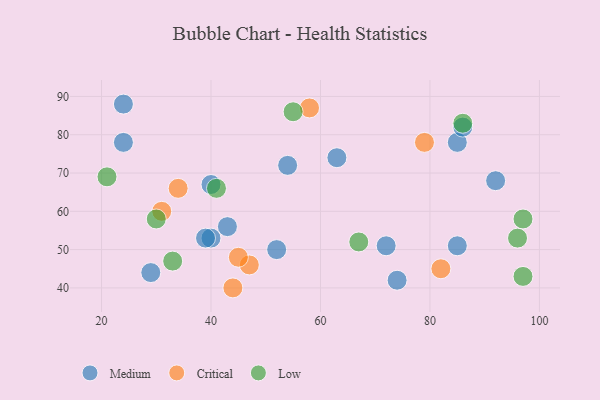
{"axis": {"x": "GDP", "y": "Life Expectancy"}, "legend": ["Critical", "Low", "Medium"], "data": [{"x": "40", "y": 53, "type": "Medium"}, {"x": "24", "y": 78, "type": "Medium"}, {"x": "54", "y": 72, "type": "Medium"}, {"x": "63", "y": 74, "type": "Medium"}, {"x": "85", "y": 51, "type": "Medium"}, {"x": "52", "y": 50, "type": "Medium"}, {"x": "24", "y": 88, "type": "Medium"}, {"x": "39", "y": 53, "type": "Medium"}, {"x": "72", "y": 51, "type": "Medium"}, {"x": "85", "y": 78, "type": "Medium"}, {"x": "29", "y": 44, "type": "Medium"}, {"x": "40", "y": 67, "type": "Medium"}, {"x": "74", "y": 42, "type": "Medium"}, {"x": "43", "y": 56, "type": "Medium"}, {"x": "92", "y": 68, "type": "Medium"}, {"x": "86", "y": 82, "type": "Medium"}, {"x": "47", "y": 46, "type": "Critical"}, {"x": "82", "y": 45, "type": "Critical"}, {"x": "34", "y": 66, "type": "Critical"}, {"x": "79", "y": 78, "type": "Critical"}, {"x": "44", "y": 40, "type": "Critical"}, {"x": "45", "y": 48, "type": "Critical"}, {"x": "31", "y": 60, "type": "Critical"}, {"x": "58", "y": 87, "type": "Critical"}, {"x": "55", "y": 86, "type": "Low"}, {"x": "97", "y": 43, "type": "Low"}, {"x": "30", "y": 58, "type": "Low"}, {"x": "21", "y": 69, "type": "Low"}, {"x": "67", "y": 52, "type": "Low"}, {"x": "86", "y": 83, "type": "Low"}, {"x": "96", "y": 53, "type": "Low"}, {"x": "97", "y": 58, "type": "Low"}, {"x": "41", "y": 66, "type": "Low"}, {"x": "33", "y": 47, "type": "Low"}]}